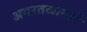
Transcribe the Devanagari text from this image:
अगरतळामार्गे